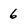
Character: 6